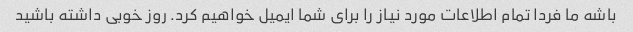
باشه ما فردا تمام اطلاعات مورد نیاز را برای شما ایمیل خواهیم کرد. روز خوبی داشته باشید